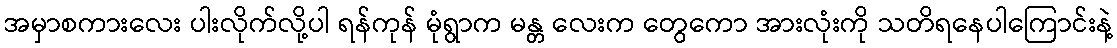
အမှာစကားလေး ပါးလိုက်လို့ပါ ရန်ကုန် မုံရွာက မန္တ လေးက တွေကော အားလုံးကို သတိရနေပါကြောင်းနဲ့